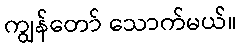
ကျွန်တော် သောက်မယ်။